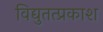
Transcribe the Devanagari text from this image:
विद्युतत्प्रकाश